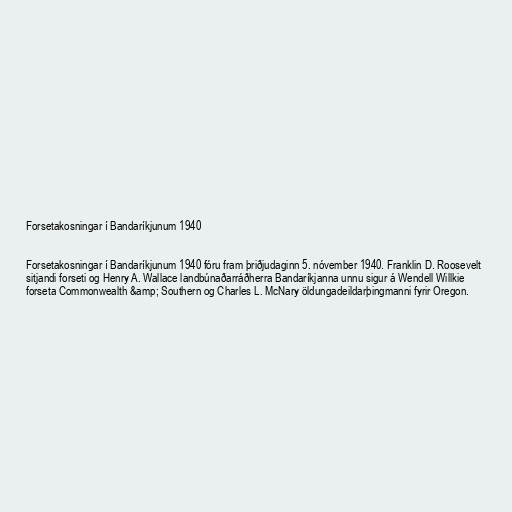
Forsetakosningar í Bandaríkjunum 1940

Forsetakosningar í Bandaríkjunum 1940 fóru fram þriðjudaginn 5. nóvember 1940. Franklin D. Roosevelt
sitjandi forseti og Henry A. Wallace landbúnaðarráðherra Bandaríkjanna unnu sigur á Wendell Willkie
forseta Commonwealth &amp; Southern og Charles L. McNary öldungadeildarþingmanni fyrir Oregon.